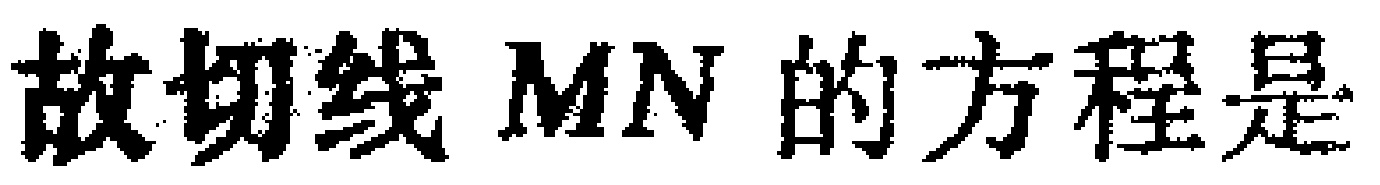
故切线 \(MN\) 的方程是